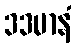
ဒဒမာနံ